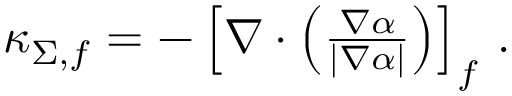
\begin{array} { r } { \kappa _ { \Sigma , f } = - \left[ \nabla \cdot \left( \frac { \nabla \alpha } { | \nabla \alpha | } \right) \right] _ { f } \, . } \end{array}